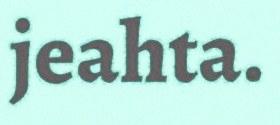
jeahta.